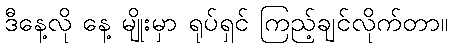
ဒီနေ့လို နေ့ မျိုးမှာ ရုပ်ရှင် ကြည့်ချင်လိုက်တာ။